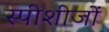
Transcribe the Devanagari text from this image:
स्पीशीजों